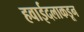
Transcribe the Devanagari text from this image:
हवाईदलाकडून